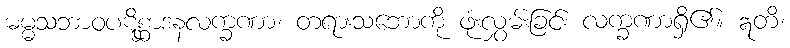
ဓမ္မသဘာဝပဋိစ္ဆာဒနလက္ခဏာ၊ တရားသဘောကို ဖုံးလွှမ်းခြင်း လက္ခဏာရှိ၏။ ဣတိ၊